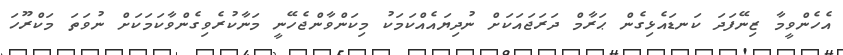
އެހެންވީމާ ޒިނޭފަދަ ކަނޑައެޅިގެން ޙަރާމް ދަރަޖައަކަށް ނުދިޔައެއްކަމަކު މިކަންވާންޖެހޭނީ މަނާކުރެވިގެންވާކަމަކަށް ނުވަތަ މަކްރޫހަ